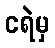
ငရဲမှ